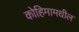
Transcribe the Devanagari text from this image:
कोहिमामधील